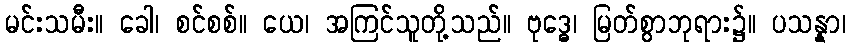
မင်းသမီး။ ခေါ၊ စင်စစ်။ ယေ၊ အကြင်သူတို့သည်။ ဗုဒ္ဓေ၊ မြတ်စွာဘုရား၌။ ပသန္နာ၊